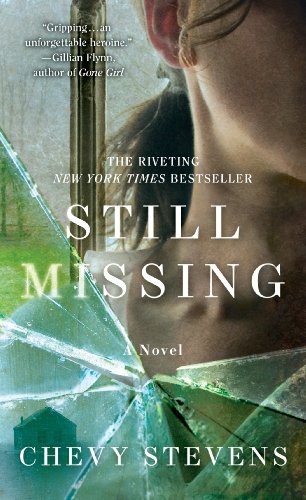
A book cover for Still Missing; Chevy Stevens; Mystery, Thriller & Suspense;